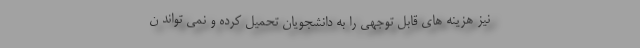
نیز هزینه های قابل توجهی را به دانشجویان تحمیل کرده و نمی تواند ن